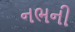
નભની